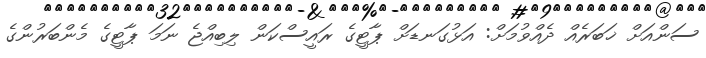
ސަންއަށް ޚަބަރެއް ދެއްވުމަށް: އަޅުގަނޑަށް ޕާޓީގެ ރައީސްކަން ލިބިއްޖެ ނަމަ ޕާޓީގެ މެންބަރުންގެ